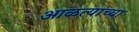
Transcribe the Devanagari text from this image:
आळत्याच्या